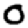
Digit: 0